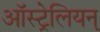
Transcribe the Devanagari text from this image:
ऑस्ट्रेलियन्